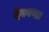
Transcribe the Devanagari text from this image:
देवगणाः